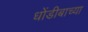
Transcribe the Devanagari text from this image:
धोंडीबाच्या